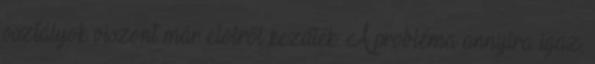
osztályok viszont már elölről kezdték. A probléma annyira igaz,